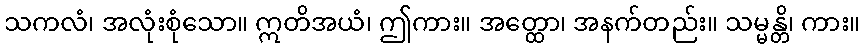
သကလံ၊ အလုံးစုံသော။ ဣတိအယံ၊ ဤကား။ အတ္ထော၊ အနက်တည်း။ သမ္မန္တိ၊ ကား။